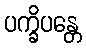
ပက္ခိပန္တေ